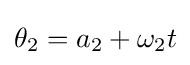
\theta _{2}=a_{2}+\omega _{2}t